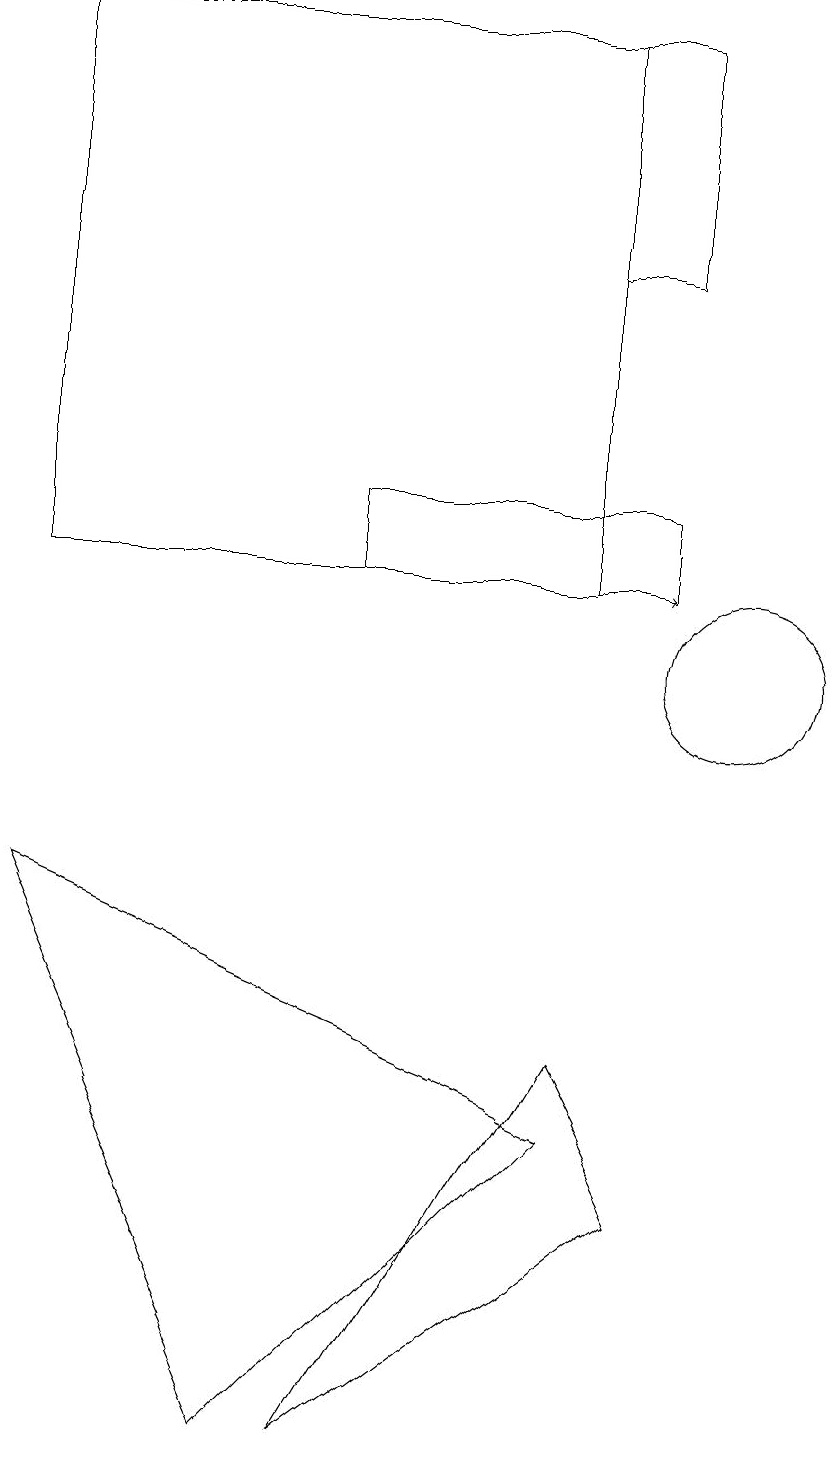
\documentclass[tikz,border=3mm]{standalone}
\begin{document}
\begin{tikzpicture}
\draw (8,19) rectangle (9,16);
\draw (9,4) -- (5,1) -- (8,6) -- cycle;
\draw (4,1) -- (8,5) -- (1,8) -- cycle;
\draw (5,12) rectangle (9,13);
\draw (10,11) circle (1);
\draw (1,12) rectangle (8,19);
\draw (7,19) rectangle (5,19);
\draw[->] (8,12) -- (9,12);
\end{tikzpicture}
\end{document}